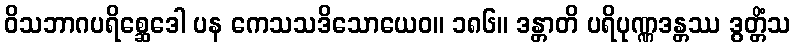
ဝိသဘာဂပရိစ္ဆေဒေါ ပန ကေသသဒိသောယေဝ။ ၁၈၆။ ဒန္တာတိ ပရိပုဏ္ဏဒန္တဿ ဒွတ္တိံသ